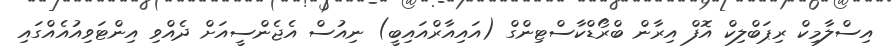
އިސްލާމިކް ރިޕަބްލިކް އޮފް އިރާން ބްރޯޑްކާސްޓިންގް (އައިއާރްއައިބީ) ނިއުސް އެޖެންސީއަށް ދެއްވި އިންޓަވިއުއެއްގައި